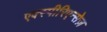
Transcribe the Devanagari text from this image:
एक्स्पीरिएन्सेज़